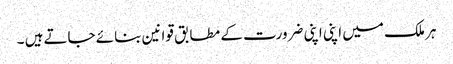
ہر ملک میں اپنی اپنی ضرورت کے مطابق قوانین بنائے جاتےہیں ۔